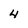
Character: 4